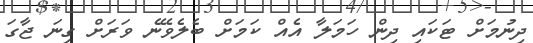
ދިނުމަށް ޓަކައި ދިން ހަމަލާ އެއް ކަމަށް ބެލެވޭނެ ވަރަށް ގިނަ ޖާގަ